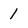
Character: 1